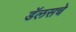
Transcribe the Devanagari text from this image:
डॅलसचे